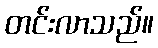
တင်းလာသည်။